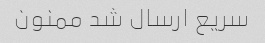
سریع ارسال شد ممنون